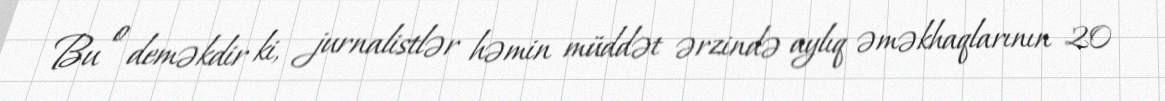
Bu o deməkdir ki, jurnalistlər həmin müddət ərzində aylıq əməkhaqlarının 20